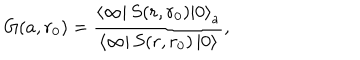
G ( a , r _ { 0 } ) = \frac { \left\langle \infty \right| S ( r , r _ { 0 } ) \left| 0 \right\rangle _ { a } } { \left\langle \infty \right| S ( r , r _ { 0 } ) \left| 0 \right\rangle } ,